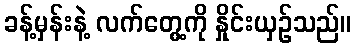
ခန့်မှန်းနဲ့ လက်တွေ့ကို နှိုင်းယှဉ်သည်။